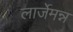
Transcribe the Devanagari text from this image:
लार्जेमन्न